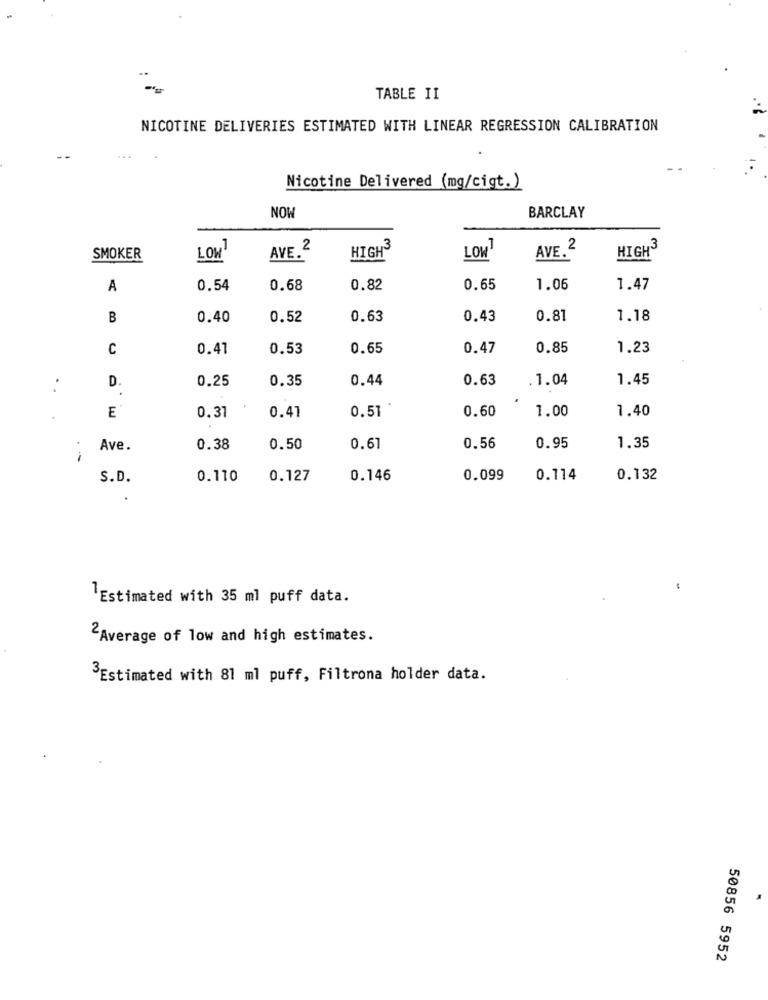
TABLE II
NICOTINE DELIVERIES ESTIMATED WITH LINEAR REGRESSION CALIBRATION
Nicotine Delivered (mg/cigt.)
NOW
BARCLAY
AVE.2
HIGH
AVE. 2
SMOKER
LOW
LOW
HIGH
A
0.54
0.68
0.82
0.65
1.06
1.47
B
0.40
0.52
0.63
0.43
0.81
1.18
C
0.47
0.53
0.65
0.47
0.85
1.23
D
0.25
0.35
0.44
0.63
1.04
1.45
0.51
0.60
1.00
1.40
E
0.37
0.41
Ave.
0.38
0.50
0.61
0.56
0.95
1.35
-
S.D.
0.110
0.127
0.146
0.099
0.114
0.132
Estimated with 35 ml puff data.
2Average of low and high estimates.
3Estimated with 81 ml puff, Filtrona holder data.
50856 5952